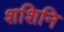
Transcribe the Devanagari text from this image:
शशिनि